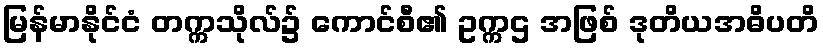
မြန်မာနိုင်ငံ တက္ကသိုလ်၌ ကောင်စီ၏ ဥက္ကဌ အဖြစ် ဒုတိယအဓိပတိ